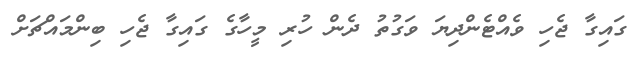
ގައިގާ ޖެހި ވެއްޓެންދިޔަ ވަގުތު ދެން ހުރި މީހާގެ ގައިގާ ޖެހި ބިންމައްޗަށް